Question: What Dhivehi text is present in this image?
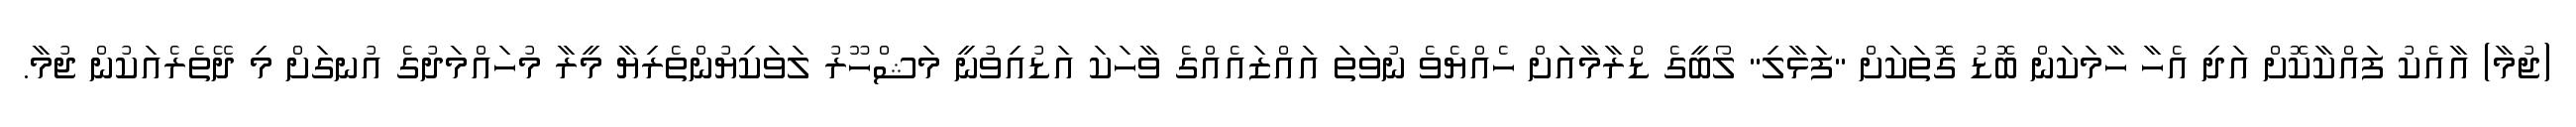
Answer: (ޖުމާ) އާއެކު ފައްކާކޮށް އަދި އެހާ ހާމަކަން ބޮޑު ގޮތަކަށް "ފަޅާލި" ލޯބީގެ ޑްރާމާއަށް ހެއްޔެވެ ނުވަތަ އައްޒައެއްގެ ވާހަކަ އަޑުއިވުނީ މަޝްހޫރު ލަވަކިޔުންތެރިޔާ މީރާ މުހައްމަދުގެ އުނގަށް މި ދޭތެރެއަކުން ޖުމާ.